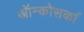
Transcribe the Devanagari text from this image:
ऑन्कोसर्का